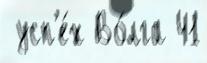
 усп'е́х Во́лга 41